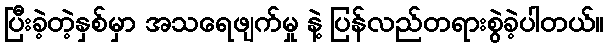
ပြီးခဲ့တဲ့နှစ်မှာ အသရေဖျက်မှု နဲ့ ပြန်လည်တရားစွဲခဲ့ပါတယ်။